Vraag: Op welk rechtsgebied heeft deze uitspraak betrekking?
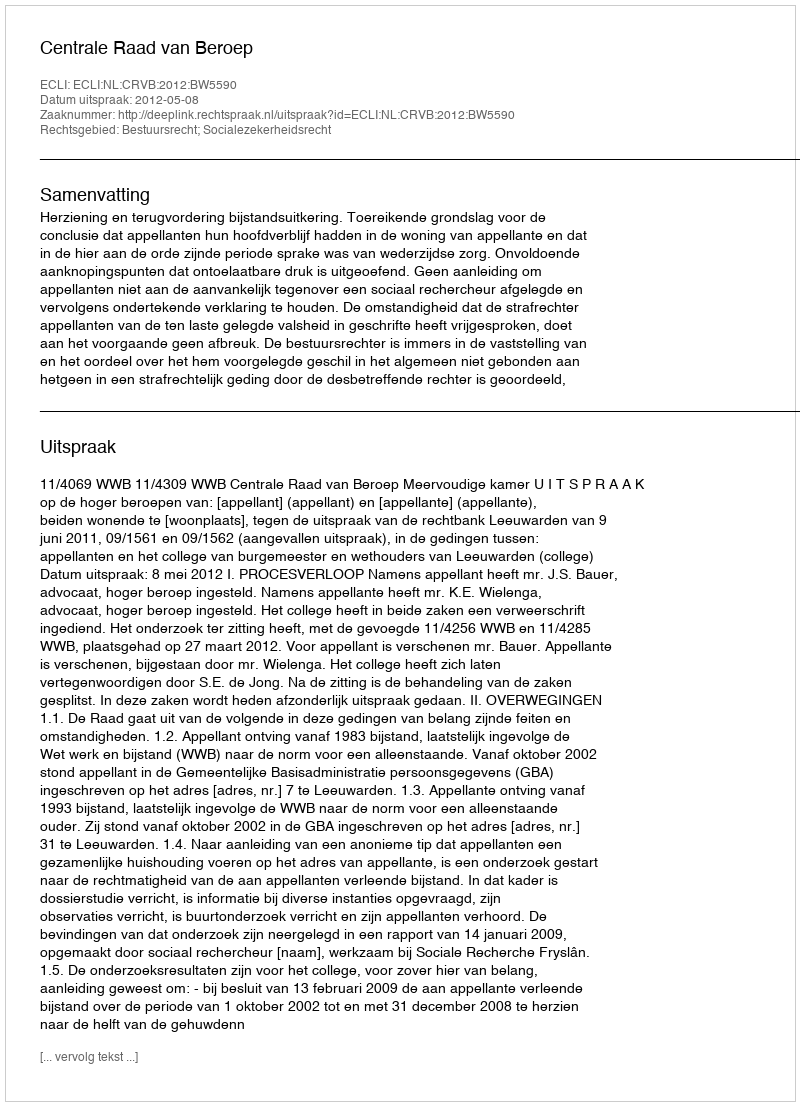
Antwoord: Bestuursrecht; Socialezekerheidsrecht